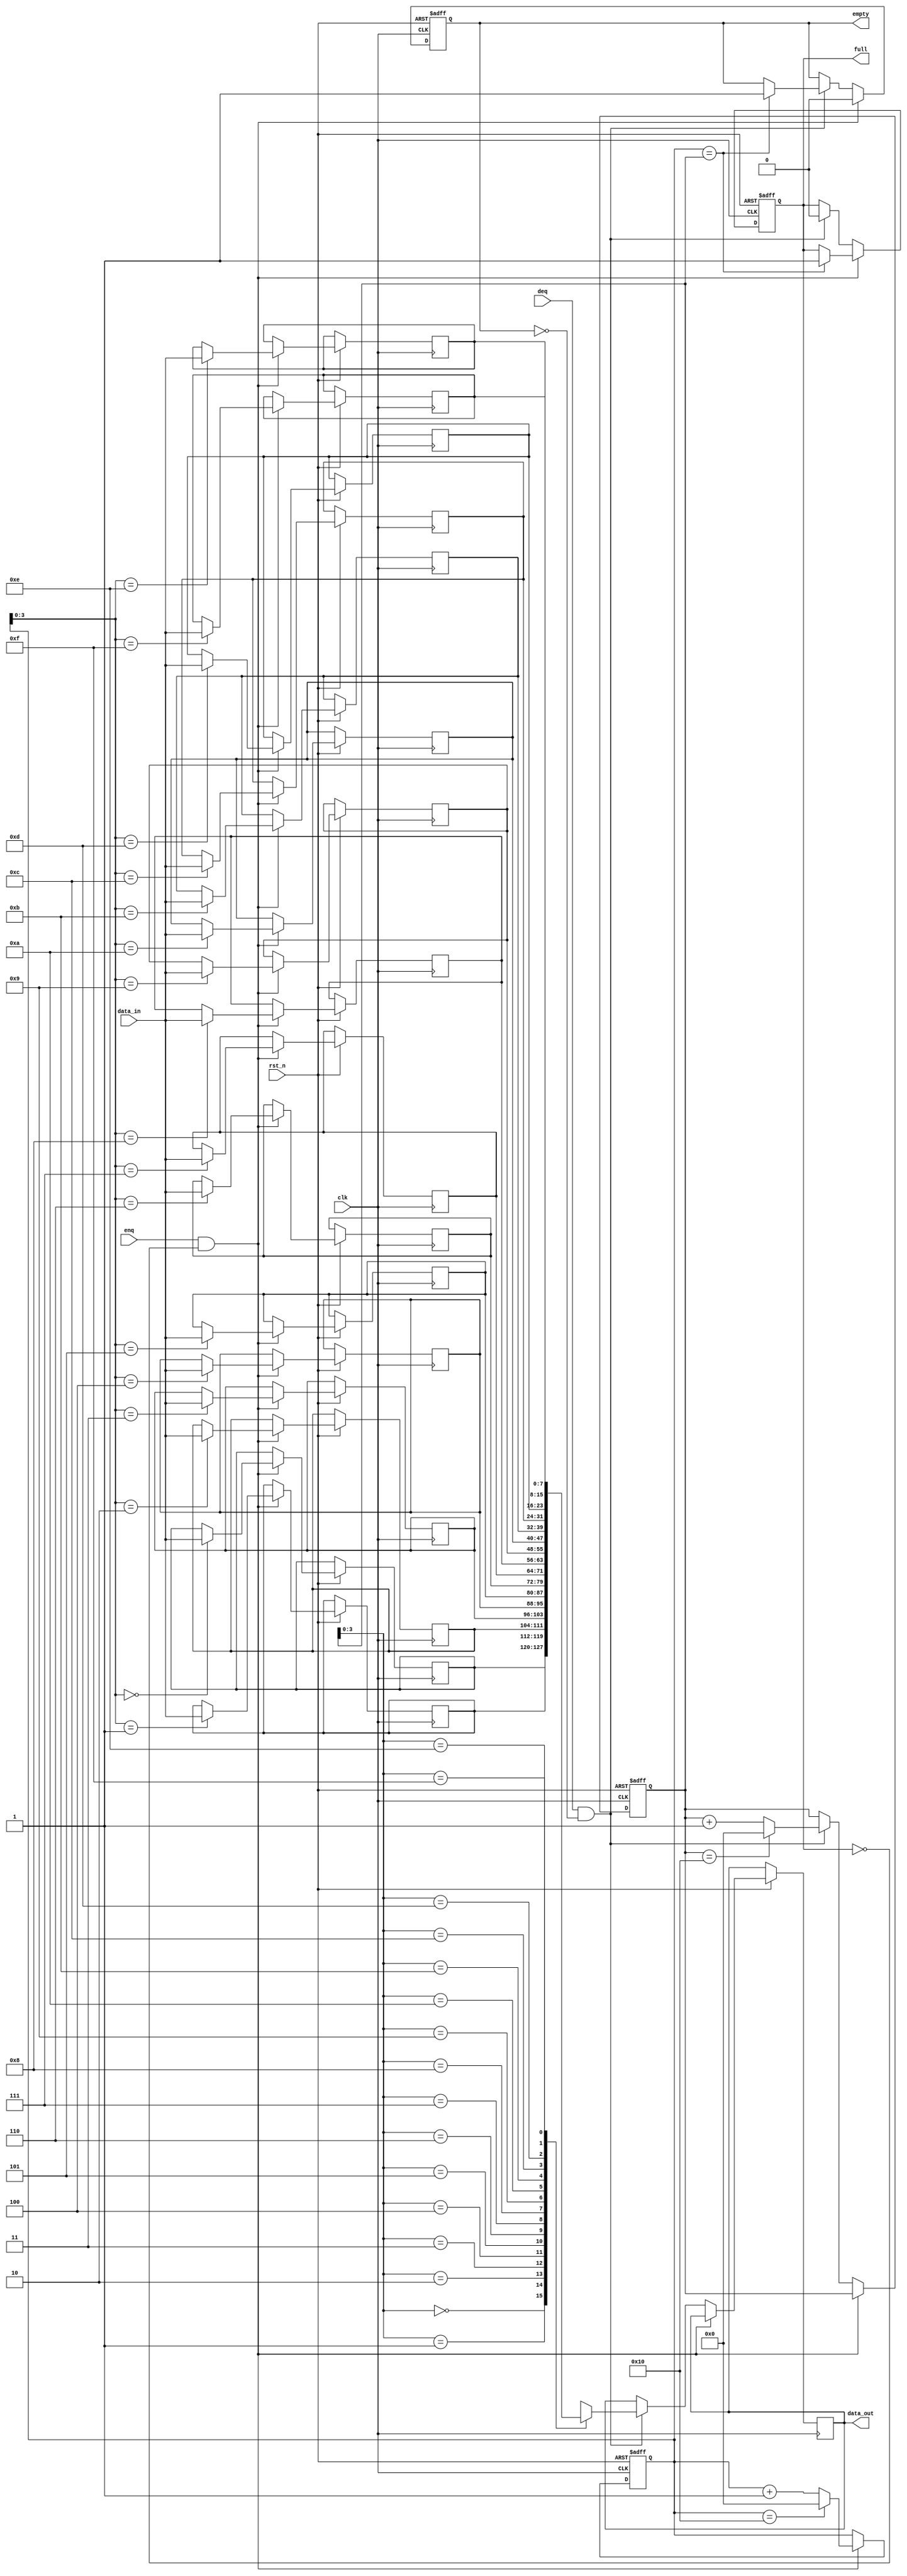
module circular_fifo #
(
parameter DATA_WIDTH = 8,
parameter FIFO_DEPTH = 16
)
(
input wire clk,
input wire rst_n,
input wire enq,
input wire [DATA_WIDTH-1:0] data_in,
input wire deq,
output wire [DATA_WIDTH-1:0] data_out,
output wire full,
output wire empty
);

reg [(DATA_WIDTH-1):0] fifo [0:FIFO_DEPTH-1];
reg [FIFO_DEPTH:0] write_ptr;
reg [FIFO_DEPTH:0] read_ptr;
reg full_flag;
reg empty_flag;

always @(posedge clk or negedge rst_n) begin
if (~rst_n) begin
    write_ptr <= 0;
    read_ptr <= 0;
    full_flag <= 0;
    empty_flag <= 1;
end
else if (enq && !full_flag) begin
    fifo[write_ptr] <= data_in;
    write_ptr <= write_ptr + 1;
    if (write_ptr == FIFO_DEPTH) begin
        write_ptr <= 0;
    end
    if (write_ptr == read_ptr) begin
        full_flag <= 1;
    end
    empty_flag <= 0;
end
else if (deq && !empty_flag) begin
    data_out <= fifo[read_ptr];
    read_ptr <= read_ptr + 1;
    if (read_ptr == FIFO_DEPTH) begin
        read_ptr <= 0;
    end
    if (write_ptr == read_ptr) begin
        empty_flag <= 1;
    end
    full_flag <= 0;
end
end

assign full = full_flag;
assign empty = empty_flag;

endmodule